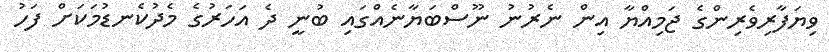
ވިޔަފާރިވެރިންގެ ޖަމިއްޔާ އިން ނެރުނު ނޫސްބަޔާނެއްގައި ބުނީ ދެ އަހަރުގެ މެދުކެނޑުމަކަށް ފަހު